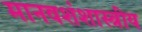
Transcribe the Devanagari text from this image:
मानवशंशास्त्रीय